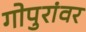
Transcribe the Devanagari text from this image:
गोपुरांवर